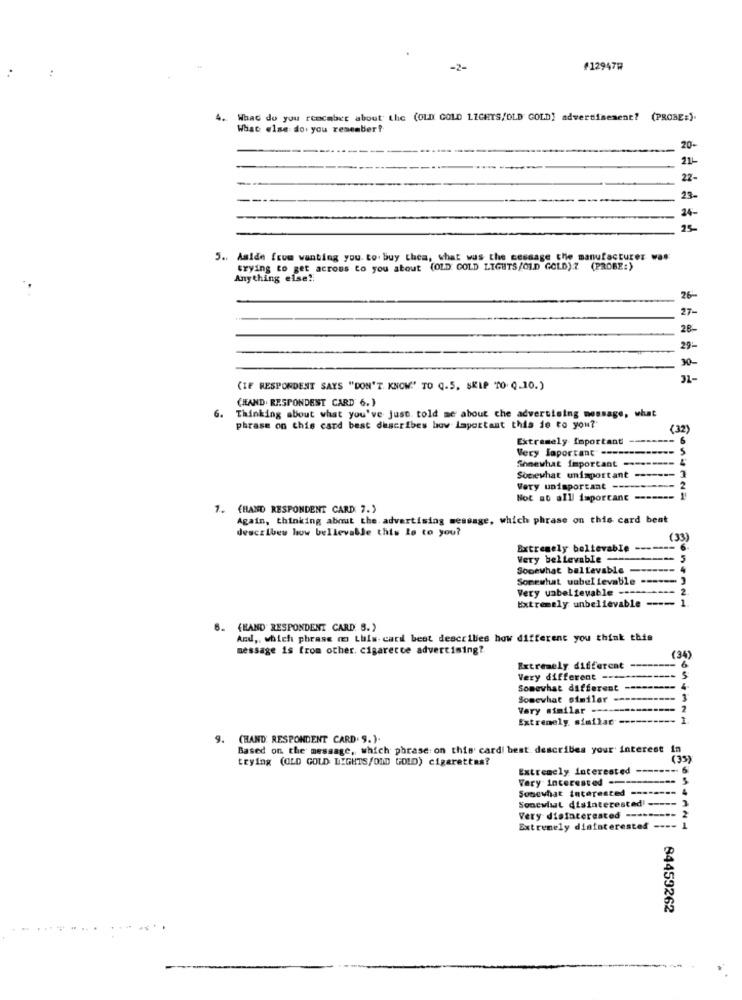
-2-
#129479
4.
What do you remember about the (OLD GOLD LIGHTS/OLD GOLD) advertisement? (PROBE:).
What else do you remember?
20-
21-
22-
23-
24-
25-
5. Aside from wanting you. to buy them, what was the message the manufacturer was
trying to get across to you about (OLD GOLD LIGHTS/OLD GOLD) 7 (PROBE:)
Anything else !!
26-
27-
28-
29 :-
30-
31-
(IF RESPONDENT SAYS "DON'T KNOW"' TO Q.5. SKIP TO Q.10.)
(HAND. RESPONDENT CARD 6.}
6.
Thinking about what you've just told me about che advertising message, what
phrase on this card best describes how Important thia je to you?'
(32)
Extremely Important
Very laportant -----
Somewhat important --
Somewhat unimportant ---
----
Very unimportant -
Not at all important
1. (HAND RESPONDENT CARD 7.)
Again, thinking about the advertising message, which phrase on this card beat
describes how believable this le to you?
(33
Extremely beltevable -------
Very believable --
5
Somewhat ballevable ------- 4
Somewhat wabelievable ------ 3
Very unbelievable ---------- 2
Extremely unbelievable ---- 1
6.
(BAND RESPONDENT CARD. S.)
And ,, which phrase mo Luis. card best describes how different you think this
message is from other. cigarette advertising ?.
(34)
Extremely different
-----
Very different ----
Somewhat different --------- 4.
Somewhat similar ----------- 3
Very similar ---
Extremely similar
(HAND' RESPONDENT CARD. S.).
Based on the message, which phrase on this card! best describes your interest in
trying (OLD GOLD LIGHTS/OND GOLD) cigarettes?
(35)
Extremely interested
-
Very interested ----------- 5
Somewhat interested -------- 4
Soncwisal disinterested! ----- 3
Very disinterested --- >
Extremely disinterested ---- 1
84459262